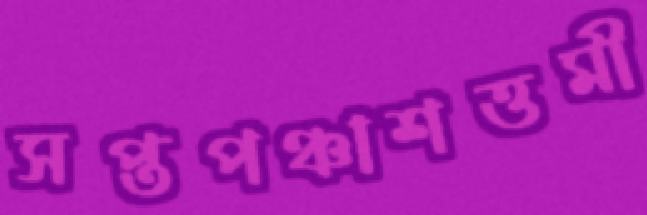
সপ্তপঞ্চাশত্তমী